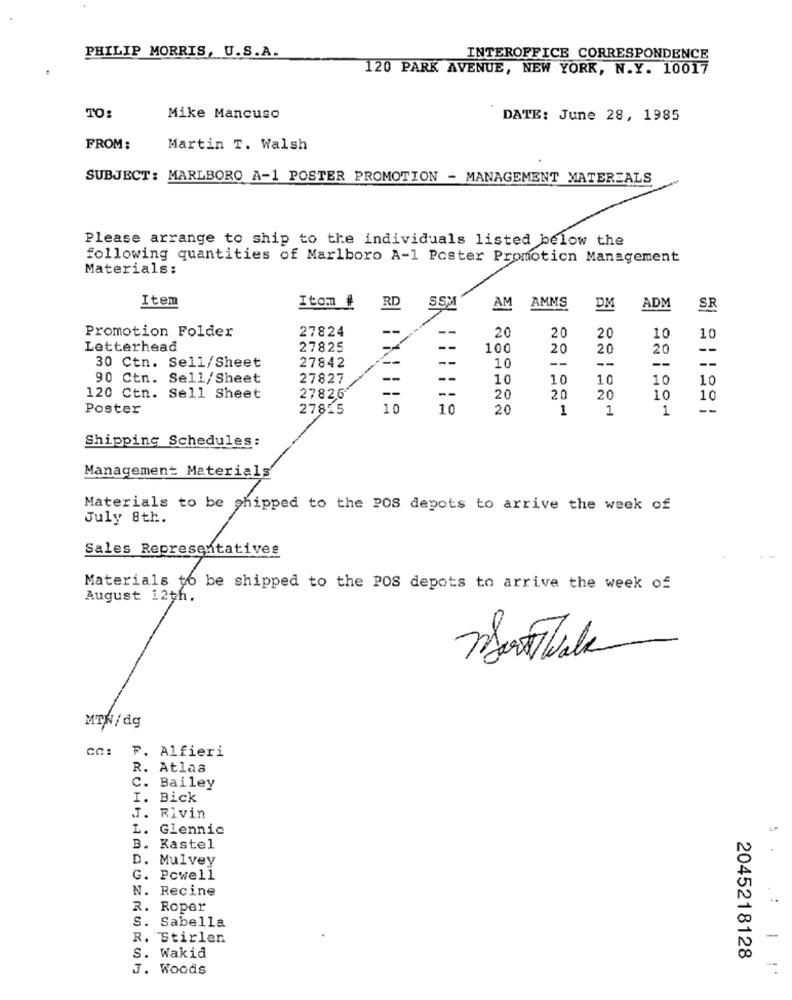
PHILIP MORRIS, U.S.A.
INTEROFFICE CORRESPONDENCE
120 PARK AVENUE, NEW YORK, N.Y. 10017
TO:
Mike Mancuso
DATE: June 28, 1985
FROM:
Martin T. Walsh
SUBJECT: MARLBORO A-1 POSTER PROMOTION - MANAGEMENT MATERIALS
Please arrange to ship to the individuals listed below the
following quantities of Marlboro A-1 Poster Promotion Management
Materials:
Item
SSM
Itom #
RD
AM
AMMS
DM
ADM
SR
27824
--
--
20
Promotion Folder
20
20
10
10
Letterhead
27825
-
100
20
20
20
--
--
--
30 Ctn. Sell/Sheet
27842
10
--
--
--
90 Ctn. Sell/Sheet
27827
--
--
10
10
10
10
10
--
--
120 Ctn. Sell Sheet
27826
20
20
20
10
10
Poster
27815
10
20
1
1
1
--
Shipping Schedules:
Management Materials
Materials to be shipped to the POS depots to arrive the week of
July 8th.
Sales Representatives
regne
Materials to be shipped to the POS depots to arrive the week of
August 12th.
Mortwalk
MTN/dg
CC: F. Alfieri
. Atlas
. Bailey
I. Bick
J. Rivin
L. Glennie
B. Kastel
D. Mulvey
G. Powell
N. Recine
R. Roper
S. Sabella
R. Stirlen
-
S. Wakid
2045218128
J. Woods
--